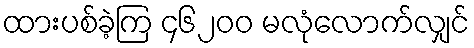
ထားပစ်ခဲ့ကြ ၄၆၂၀၀ မလုံလောက်လျှင်